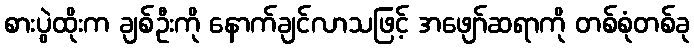
စားပွဲထိုးက ချစ်ဦးကို နောက်ချင်လာသဖြင့် အဖျော်ဆရာကို တစ်စုံတစ်ခု